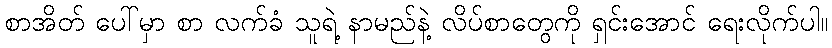
စာအိတ် ပေါ်မှာ စာ လက်ခံ သူရဲ့ နာမည်နဲ့ လိပ်စာတွေကို ရှင်းအောင် ရေးလိုက်ပါ။